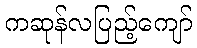
ကဆုန်လပြည့်ကျော်